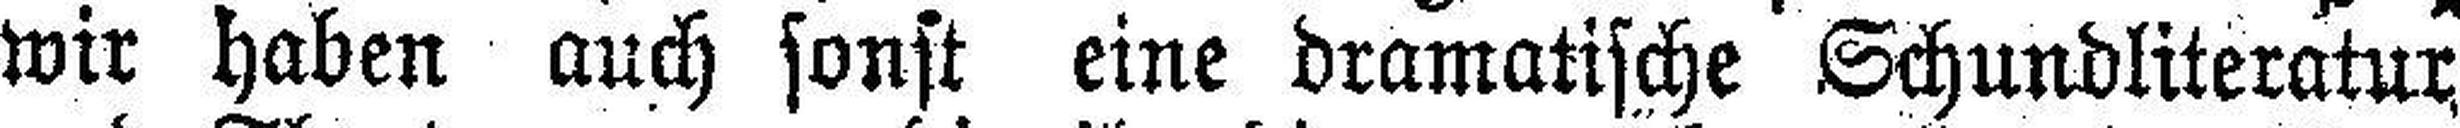
wir haben auch sonst eine dramatische Schundliteratur